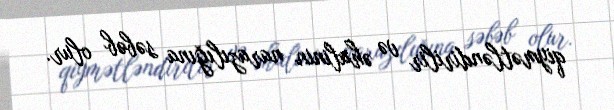
qiymətləndirilir və əhalinin narazılığına səbəb olur.